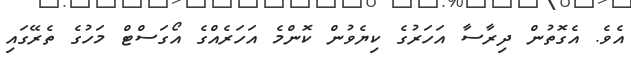
އެވެ. އެގޮތުން ދިރާސާ އަހަރުގެ ކިޔެވުން ކޮންމެ އަހަރެއްގެ އޯގަސްޓް މަހުގެ ތެރޭގައި